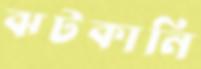
ঝটকানি